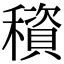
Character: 䆅